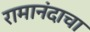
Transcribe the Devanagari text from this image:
रामानंदाचा